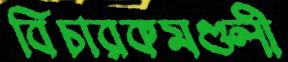
বিচারকমণ্ডলী